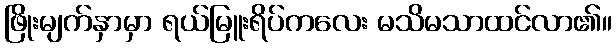
ဖြိုးမျက်နှာမှာ ရယ်မြူးရိပ်ကလေး မသိမသာထင်လာ၏။